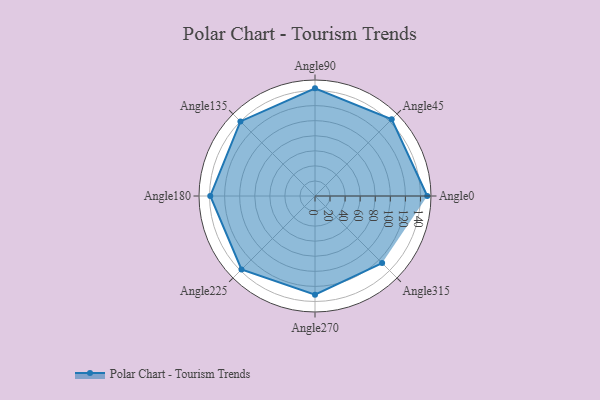
{"axis": {"x": "Angle", "y": "Radius"}, "legend": [""], "data": [{"x": "Angle0", "y": 149.0, "type": ""}, {"x": "Angle45", "y": 144.0, "type": ""}, {"x": "Angle90", "y": 143.0, "type": ""}, {"x": "Angle135", "y": 140.0, "type": ""}, {"x": "Angle180", "y": 139.0, "type": ""}, {"x": "Angle225", "y": 138.0, "type": ""}, {"x": "Angle270", "y": 131.0, "type": ""}, {"x": "Angle315", "y": 126.0, "type": ""}]}